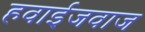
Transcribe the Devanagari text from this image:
हवाईजवाज